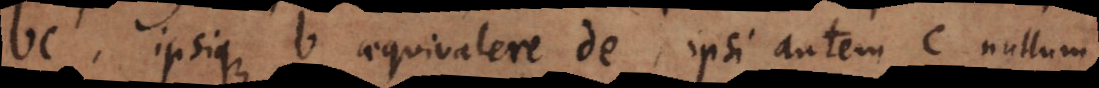
bc, ipsique b aequivalere de, ipsi autem c nullum